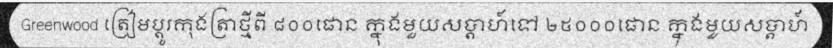
Greenwood ត្រៀមប្តូរកុងត្រាថ្មីពី ៨០០ផោន ក្នុងមួយសប្តាហ៍ទៅ ២៥០០០ផោន ក្នុងមួយសប្តាហ៍